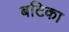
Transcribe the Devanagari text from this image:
बटिका